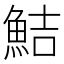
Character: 鮚